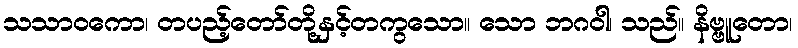
သသာဝကော၊ တပည့်တော်တို့နှင့်တကွသော။ သော ဘဂဝါ၊ သည်။ နိဗ္ဗူတော၊